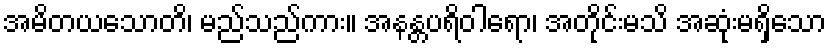
အမိတယသောတိ၊ မည်သည်ကား။ အနန္တပရိဝါရော၊ အတိုင်းမသိ အဆုံးမရှိသော